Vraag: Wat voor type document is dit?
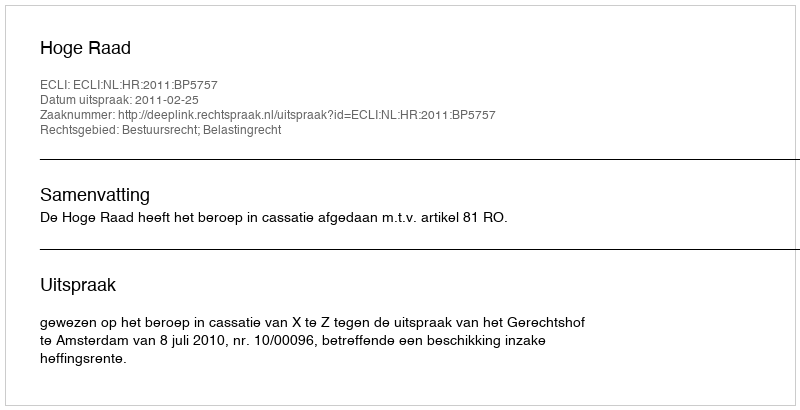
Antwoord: Uitspraak